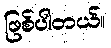
ဖြစ်ပါတယ်။